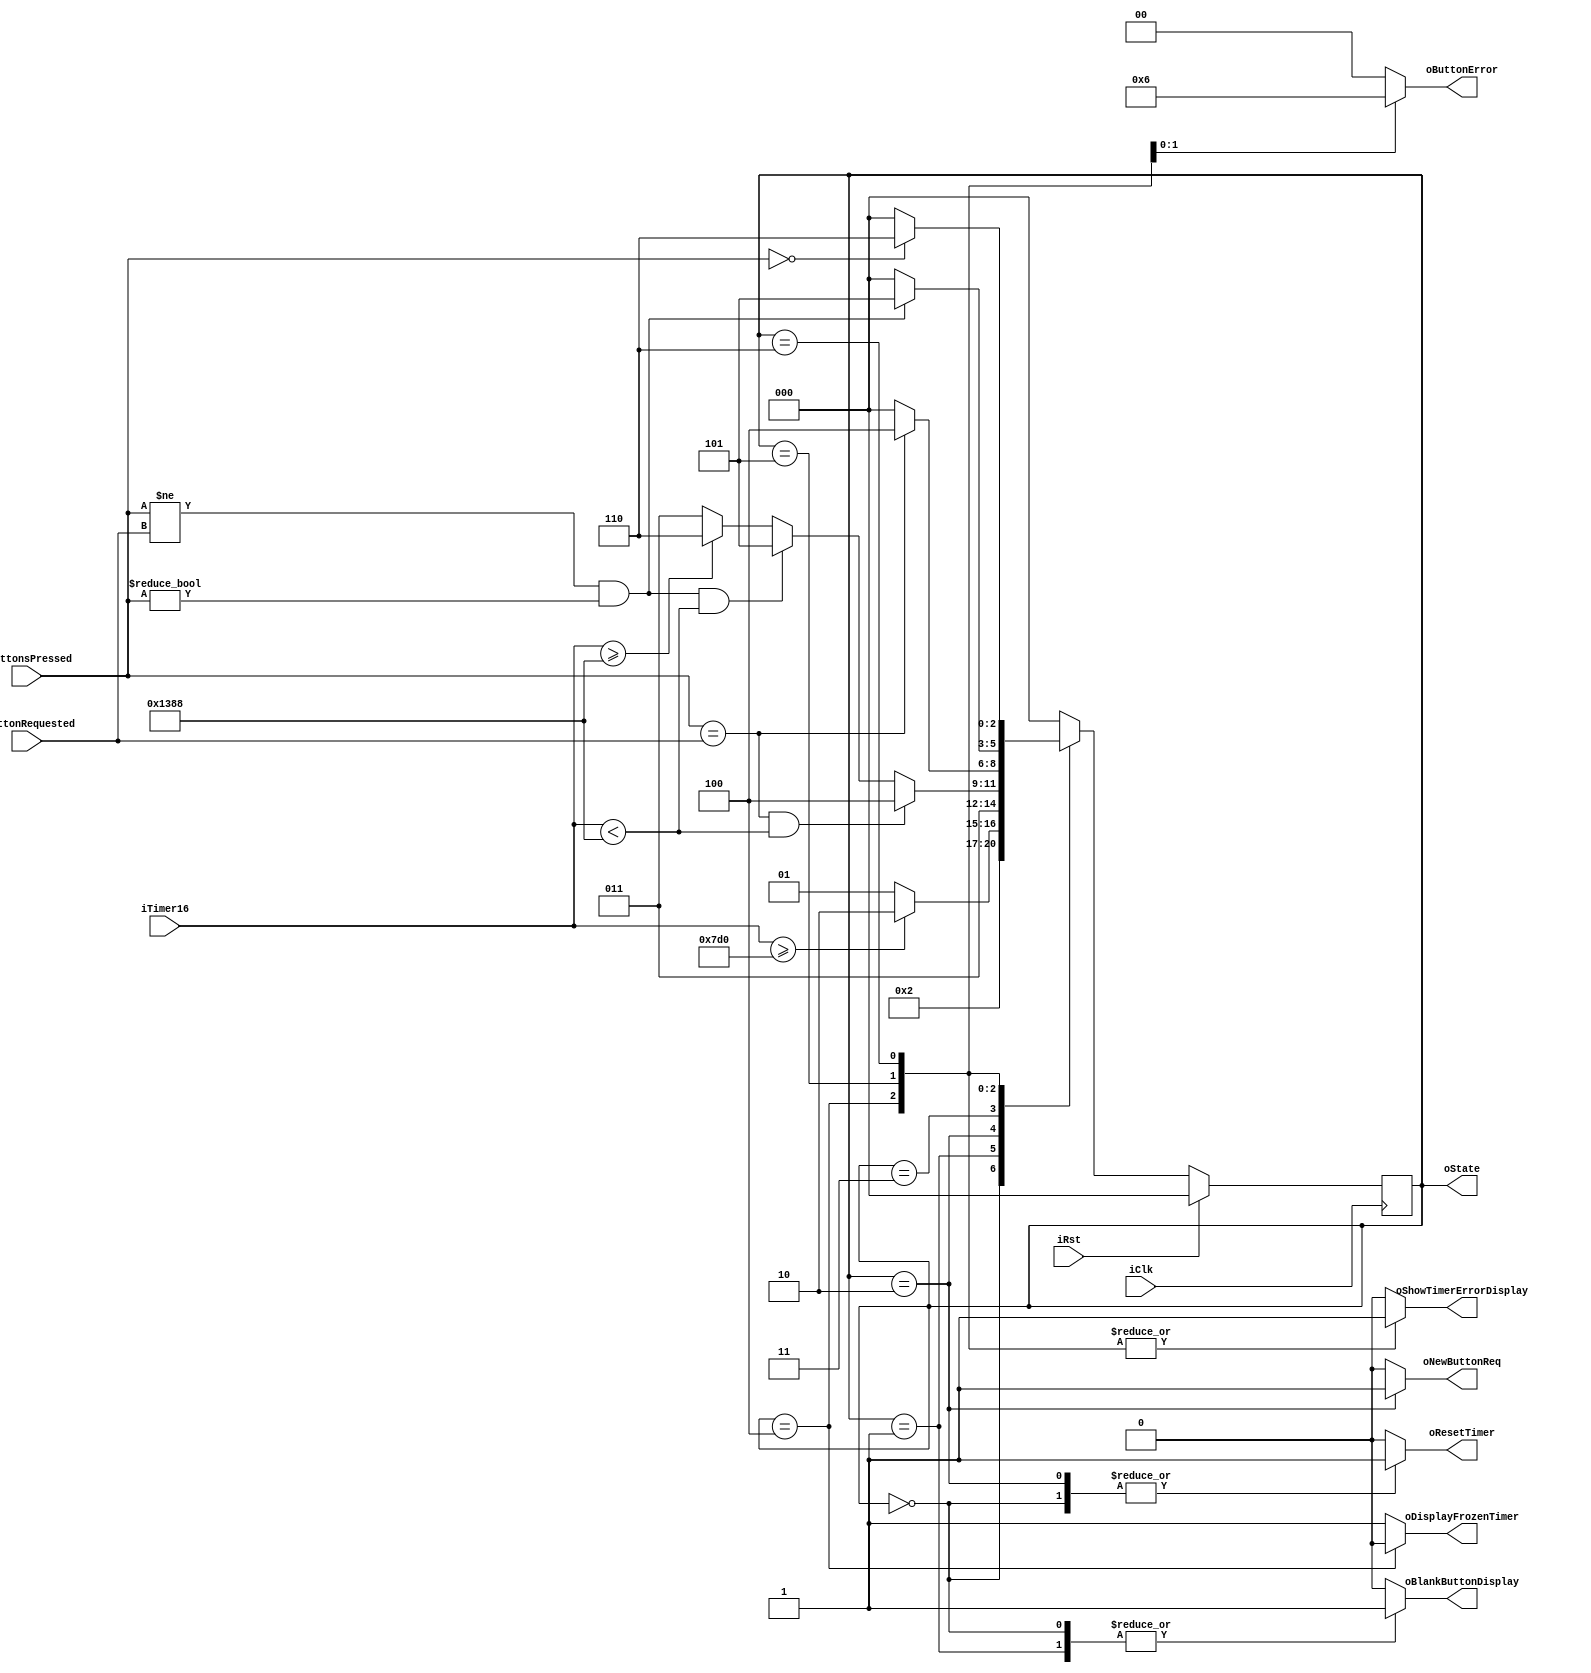
module FSM(iClk, iRst, iButtonsPressed, iTimer16, iButtonRequested, oResetTimer, oButtonError, 
			  oDisplayFrozenTimer, oBlankButtonDisplay, oShowTimerErrorDisplay, oNewButtonReq, oState);

	input iClk, iRst;
	input [2:0] iButtonsPressed; 	// button 2 100, button 1 010, button 0 001
	input [15:0] iTimer16;       	// time since oResetTimer becoming 0 in milliseconds 
	input [2:0] iButtonRequested; // button 2 100, button 1 010, button 0 001
	output reg 	oResetTimer, 				// zero timer value.
					oDisplayFrozenTimer, 	// freeze timer value and display this value or an error if it occurred.
					oBlankButtonDisplay, 	// when 1 button display is blank.
					oNewButtonReq, 			// a new button value will be generated on the next clock edge
					oShowTimerErrorDisplay;	// Show the frozen time or error (if oButton not 00)
	output reg [1:0] oButtonError;  		// 0 for no error, 1 wrong button pressed, 2 timeout reached with no button pressed.
	
	output [2:0] oState;					// state available only for debugging. 
	
	assign oState = state;
	
	//parameters for states
	parameter RESET_STATE=0,INITIAL_BLANK_STATE=1,DISPLAY_BUTTON_STATE=2,WAIT_FOR_PRESS=3,DISPLAY_RESPONSE_TIME=4,DISPLAY_ERROR=5,DISPLAY_TIMEOUT=6;
	
	//current state and next state register
	reg [2:0] state, next_state;   
	
	//
	always@(state, iTimer16, iButtonsPressed, iButtonRequested) 
	begin: FsmNextState
		
		
		//default values
		oBlankButtonDisplay=0;
		oResetTimer=0;
		oDisplayFrozenTimer=1;
		oNewButtonReq=0;
		oShowTimerErrorDisplay=0;
		next_state = state;
		oButtonError = 2'b00;
		
		//states
		case(state)
			RESET_STATE:
				//resets values for sequence
				begin
					oBlankButtonDisplay=1;
					oResetTimer=1;
					next_state = INITIAL_BLANK_STATE;
				end
			INITIAL_BLANK_STATE:
				//2 second pause, where nothing is displayed
				begin
					oBlankButtonDisplay=1;
					if (iTimer16 >= 2000) next_state = DISPLAY_BUTTON_STATE;
					else next_state = INITIAL_BLANK_STATE;
				end
			DISPLAY_BUTTON_STATE:
				//displayes button to be pressed
				begin
					oNewButtonReq=1;
					oResetTimer=1;
					next_state = WAIT_FOR_PRESS;
				end
			WAIT_FOR_PRESS:
				//reads button press input
				begin
					if (iButtonsPressed == iButtonRequested & iTimer16<5000) next_state=DISPLAY_RESPONSE_TIME;
					else if (iButtonsPressed != iButtonRequested & iButtonsPressed != 3'b000 & iTimer16<5000) next_state=DISPLAY_ERROR;
					else if (iTimer16>=5000) next_state=DISPLAY_TIMEOUT;
					else next_state = WAIT_FOR_PRESS;
				end
			DISPLAY_RESPONSE_TIME:
				//if correct button was pressed, display the response time
				begin
					oDisplayFrozenTimer=0;
					oShowTimerErrorDisplay=1;
					if (iButtonsPressed == iButtonRequested) next_state=DISPLAY_RESPONSE_TIME;
					else next_state = RESET_STATE;
				end
			DISPLAY_ERROR:
				//if the wrong button was pressed, display Error 1
				begin
					oButtonError = 2'b01;
					oShowTimerErrorDisplay=1;
					if (iButtonsPressed != iButtonRequested & iButtonsPressed != 3'b000) next_state=DISPLAY_ERROR;
					else next_state = RESET_STATE;
				end
			DISPLAY_TIMEOUT:
				//Timeout after 5 seconds, display Error 2
				begin
					oButtonError = 2'b10;
					oShowTimerErrorDisplay=1;
					if (iButtonsPressed == 3'b000) next_state=DISPLAY_TIMEOUT;
					else next_state = RESET_STATE;
				end
				
			//default to reset state
			default: next_state = RESET_STATE;
		endcase
	end
	
	// Update state on iClk edge
	always @(posedge iClk) 
	begin: FsmNextStateTrigger
		if (iRst) state <= RESET_STATE;
		else state <= next_state;
	end
endmodule